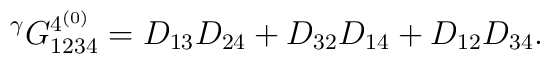
{}^\gamma G^{{4}^{(0)}}_{1234}=D_{13}D_{24}+D_{32}D_{14}+D_{12}D_{34}.